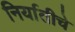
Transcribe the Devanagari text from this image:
निर्यातीचे